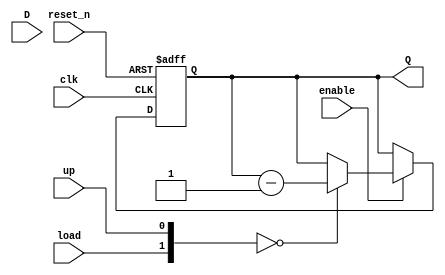
`timescale 1ns / 1ps
//////////////////////////////////////////////////////////////////////////////////
// Company: 
// Engineer: 
// 
// Design Name: 
// Module Name: udl_counter_five
// Project Name: 
// Target Devices: 
// Tool Versions: 
// Description: 
// 
// Dependencies: 
// 
// Revision:
// Revision 0.01 - File Created
// Additional Comments:
// 
//////////////////////////////////////////////////////////////////////////////////


module udl_counter_five #(parameter BITS = 4)(
    input clk,
    input reset_n,
    input enable,
    input up, //when asserted the counter is up counter; otherwise, it is a down counter
    input load,
    input [BITS - 1:0] D,
    output [BITS - 1:0] Q
    );
    
    reg [BITS - 1:0] Q_reg, Q_next;
    
    always @(posedge clk, negedge reset_n)
    begin
        if (~reset_n)
            Q_reg <= 'b0;
        else if(enable)
            Q_reg <= Q_next;
        else
            Q_reg <= Q_reg;
    end
    
    // Next state logic
    always @(Q_reg, up, load, D)
    begin
        Q_next = Q_reg;
        casex({load,up})
            3'b000: Q_next = Q_reg - 1;
            3'b101: Q_next = Q_reg + 1;
            3'b1xx: Q_next = D;
            default: Q_next = Q_reg;
        endcase
        
    end
    
    // Output logic
    assign Q = Q_reg;
endmodule